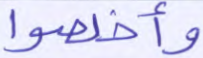
وأخلصوا